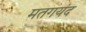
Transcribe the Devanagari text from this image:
मतगयंद